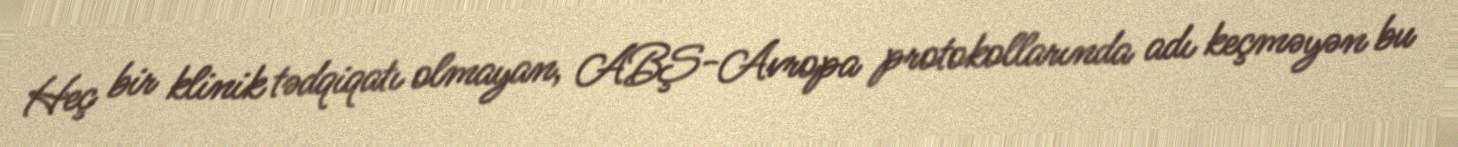
Heç bir klinik tədqiqatı olmayan, ABŞ-Avropa protokollarında adı keçməyən bu